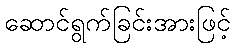
ဆောင်ရွက်ခြင်းအားဖြင့်